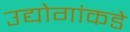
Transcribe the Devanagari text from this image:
उद्योगांकडे